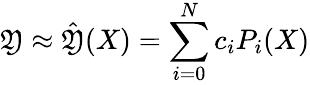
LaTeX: \mathfrak{Y}\approx\hat{{\mathfrak{Y}}}(X)=\sum_{i=0}^{N}c_{i}P_{i}(X)